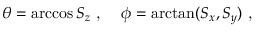
\theta = \operatorname { a r c c o s } S _ { z } \textrm { , } \quad \phi = \arctan ( S _ { x } , S _ { y } ) \textrm { , }